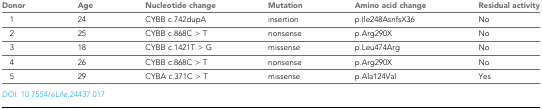
| Donor | Age | Nucleotide change | Mutation | Amino acid change | Residual activity |
 | --- | --- | --- | --- | --- | --- |
 | 1 | 24 | CYBB c.742dupA | insertion | p.Ile248AsnfsX36 | No |
 | 2 | 25 | CYBB c.868C > T | nonsense | p.Arg290X | No |
 | 3 | 18 | CYBB c.1421T > G | missense | p.Leu474Arg | No |
 | 4 | 26 | CYBB c.868C > T | nonsense | p.Arg290X | No |
 | 5 | 29 | CYBA c.371C > T | missense | p.Ala124Val | Yes |